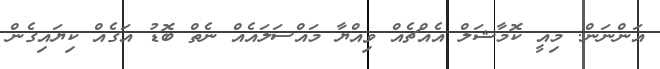
އަންނަން. މިއީ ކޮމާޝަލް އެއްޗެއް ވިއްޔާ މައްސަލައެއް ނެތް ބޮޑު އަގެއް ކިޔައިގެން